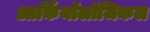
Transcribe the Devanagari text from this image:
आर्कियॉलॉजिकल